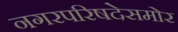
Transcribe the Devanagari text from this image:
नगरपरिषदेसमोर